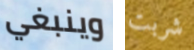
وينبغي شربت